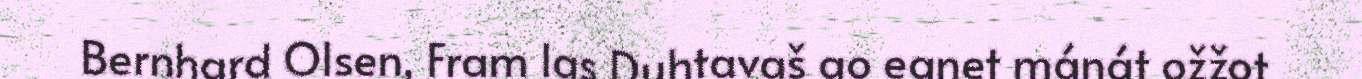
Bernhard Olsen, Fram las Duhtavaš go eanet mánát ožžot